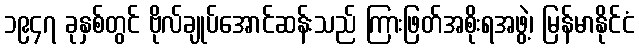
၁၉၄၇ ခုနှစ်တွင် ဗိုလ်ချုပ်အောင်ဆန်းသည် ကြားဖြတ်အစိုးရအဖွဲ့၊ မြန်မာနိုင်ငံ